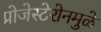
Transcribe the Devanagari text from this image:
प्रोजेस्टेरोनमुळे